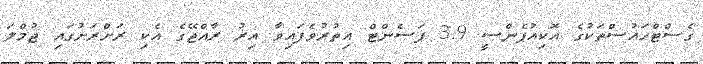
ގެސްޓްހައުސްތަކުގެ އޮކިއުޕެންސީ 3.9 ޕަސެންޓް އިތުރުވެފައިވާ އިރު ރާއްޖޭގެ އެކި ރަށްރަށުގައި ޖުމްލަ